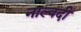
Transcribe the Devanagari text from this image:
नाल्वदी